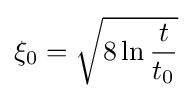
\xi _{0}={\sqrt {8\ln {\frac {t}{t_{0}}}}}